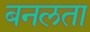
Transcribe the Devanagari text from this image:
बनलता